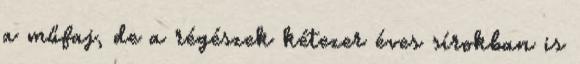
a műfaj, de a régészek kétezer éves sírokban is